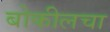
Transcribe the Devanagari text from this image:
बोकीलचा